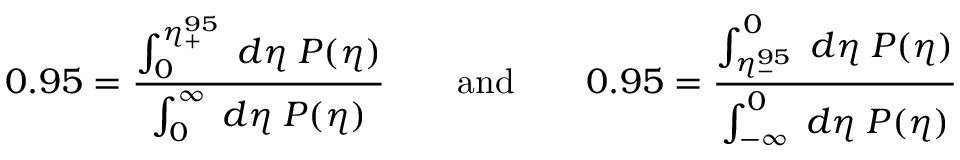
0 . 9 5 = \frac { \int _ { 0 } ^ { \eta _ { + } ^ { 9 5 } } \; d \eta \; P ( \eta ) } { \int _ { 0 } ^ { \infty } \; d \eta \; P ( \eta ) } \qquad \mathrm { a n d } \qquad 0 . 9 5 = \frac { \int _ { \eta _ { - } ^ { 9 5 } } ^ { 0 } \; d \eta \; P ( \eta ) } { \int _ { - \infty } ^ { 0 } \; d \eta \; P ( \eta ) } \;